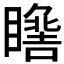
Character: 𱳏